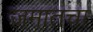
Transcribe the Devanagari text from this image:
जमातचा